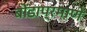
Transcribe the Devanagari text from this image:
बोंडाप्रमाणे